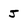
Character: J